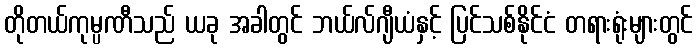
တိုတယ်ကုမ္ပဏီသည် ယခု အခါတွင် ဘယ်လ်ဂျီယံနှင့် ပြင်သစ်နိုင်ငံ တရားရုံးများတွင်